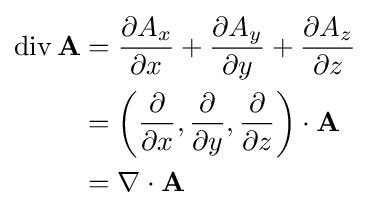
{\begin{aligned}\operatorname {div} \mathbf {A} &={\partial A_{x} \over \partial x}+{\partial A_{y} \over \partial y}+{\partial A_{z} \over \partial z}\\&=\left({\frac {\partial }{\partial x}},{\frac {\partial }{\partial y}},{\frac {\partial }{\partial z}}\right)\cdot \mathbf {A} \\&=\nabla \cdot \mathbf {A} \end{aligned}}